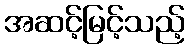
အဆင့်မြင့်သည့်